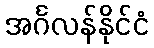
အင်္ဂလန်နိုင်ငံ